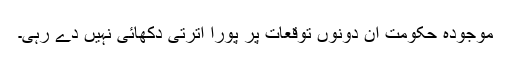
موجودہ حکومت ان دونوں توقعات پر پورا اترتی دکھائی نہیں دے رہی۔